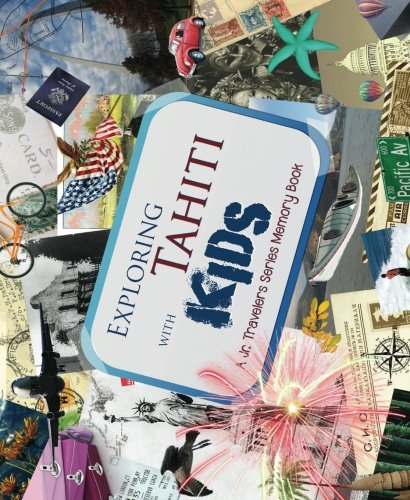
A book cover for Exploring Tahiti with Kids; Travelers Series; Travel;